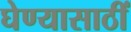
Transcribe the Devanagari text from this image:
घेण्यासाठीं